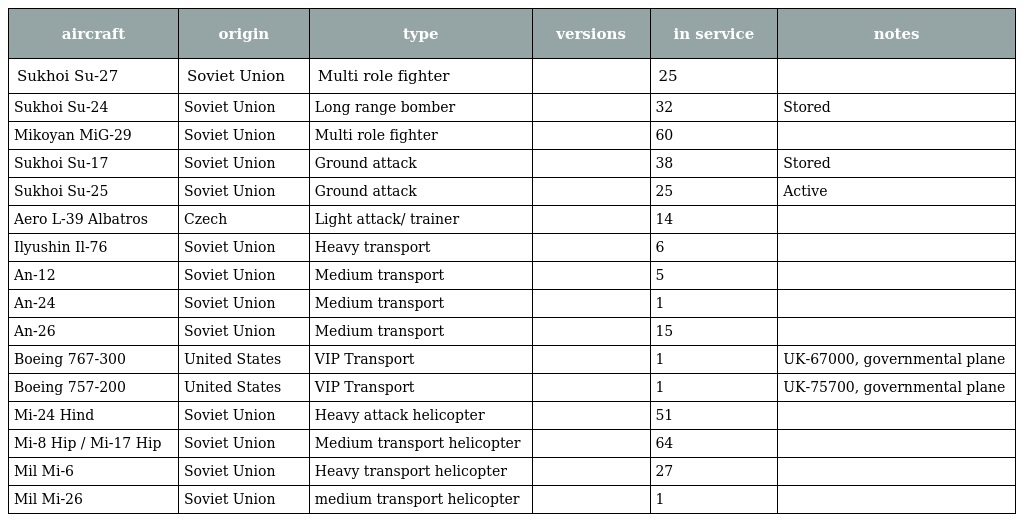
| aircraft | origin | type | versions | in service | notes |
 | --- | --- | --- | --- | --- | --- |
 | Sukhoi Su-27 | Soviet Union | Multi role fighter |  | 25 |  |
 | Sukhoi Su-24 | Soviet Union | Long range bomber |  | 32 | Stored |
 | Mikoyan MiG-29 | Soviet Union | Multi role fighter |  | 60 |  |
 | Sukhoi Su-17 | Soviet Union | Ground attack |  | 38 | Stored |
 | Sukhoi Su-25 | Soviet Union | Ground attack |  | 25 | Active |
 | Aero L-39 Albatros | Czech | Light attack/ trainer |  | 14 |  |
 | Ilyushin Il-76 | Soviet Union | Heavy transport |  | 6 |  |
 | An-12 | Soviet Union | Medium transport |  | 5 |  |
 | An-24 | Soviet Union | Medium transport |  | 1 |  |
 | An-26 | Soviet Union | Medium transport |  | 15 |  |
 | Boeing 767-300 | United States | VIP Transport |  | 1 | UK-67000, governmental plane |
 | Boeing 757-200 | United States | VIP Transport |  | 1 | UK-75700, governmental plane |
 | Mi-24 Hind | Soviet Union | Heavy attack helicopter |  | 51 |  |
 | Mi-8 Hip / Mi-17 Hip | Soviet Union | Medium transport helicopter |  | 64 |  |
 | Mil Mi-6 | Soviet Union | Heavy transport helicopter |  | 27 |  |
 | Mil Mi-26 | Soviet Union | medium transport helicopter |  | 1 |  |